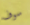
سوف